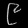
Digit: ၉